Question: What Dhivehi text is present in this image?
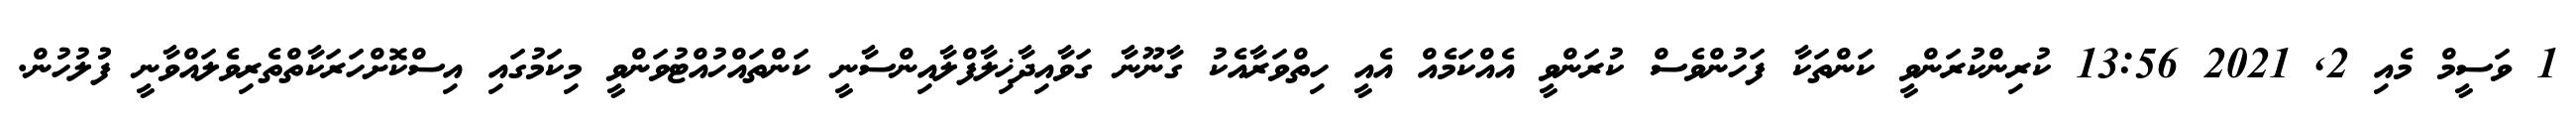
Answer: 1 ވަސީމް މެއި 2, 2021 13:56 ކުރިންކުރަންވީ ކަންތަކާ ފަހުންވެސް ކުރަންވީ އެއްކަމެއް އެއީ ހިތްވަރާއެކު ގާނޫނާ ގަވާއިދާޚިލާފްލާއިންސާނީ ކަންތައްހުއްޓުވަންވީ މިކަމުގައި އިސްކޮށްހަރަކާތްތެރިވެލައްވާނީ ފުުލުހުން.